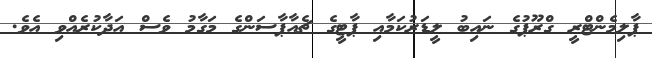
ޕާލިމެންޓްރީ ގްރޫޕުގެ ނައިބު ލީޑަރުކަމާއި ޕާޓީގެ ޗެއާޕާސަންގެ މަގާމު ވެސް އަދާކުރެއްވި އެވެ.